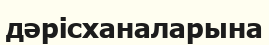
дәрісханаларына